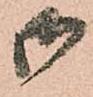
御